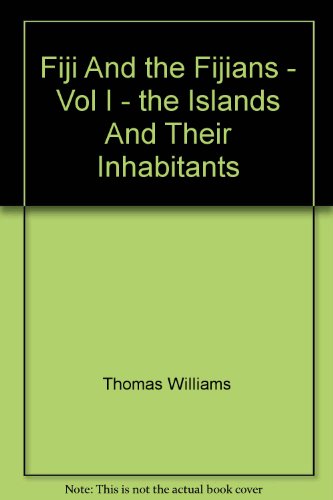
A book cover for Fiji And the Fijians - Vol I - the Islands And Their Inhabitants; Thomas Williams; History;